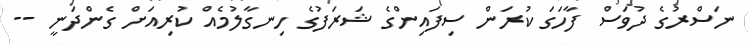
ނަސްރުގެ ދުވަސް ފާހަގަ ކުރަން ސިފައިންގެ ޝަރަފުގެ ހިނގާލުމެއް ކުރިއަށް ގެންދަނީ --